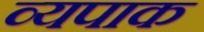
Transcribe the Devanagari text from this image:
व्यपाक